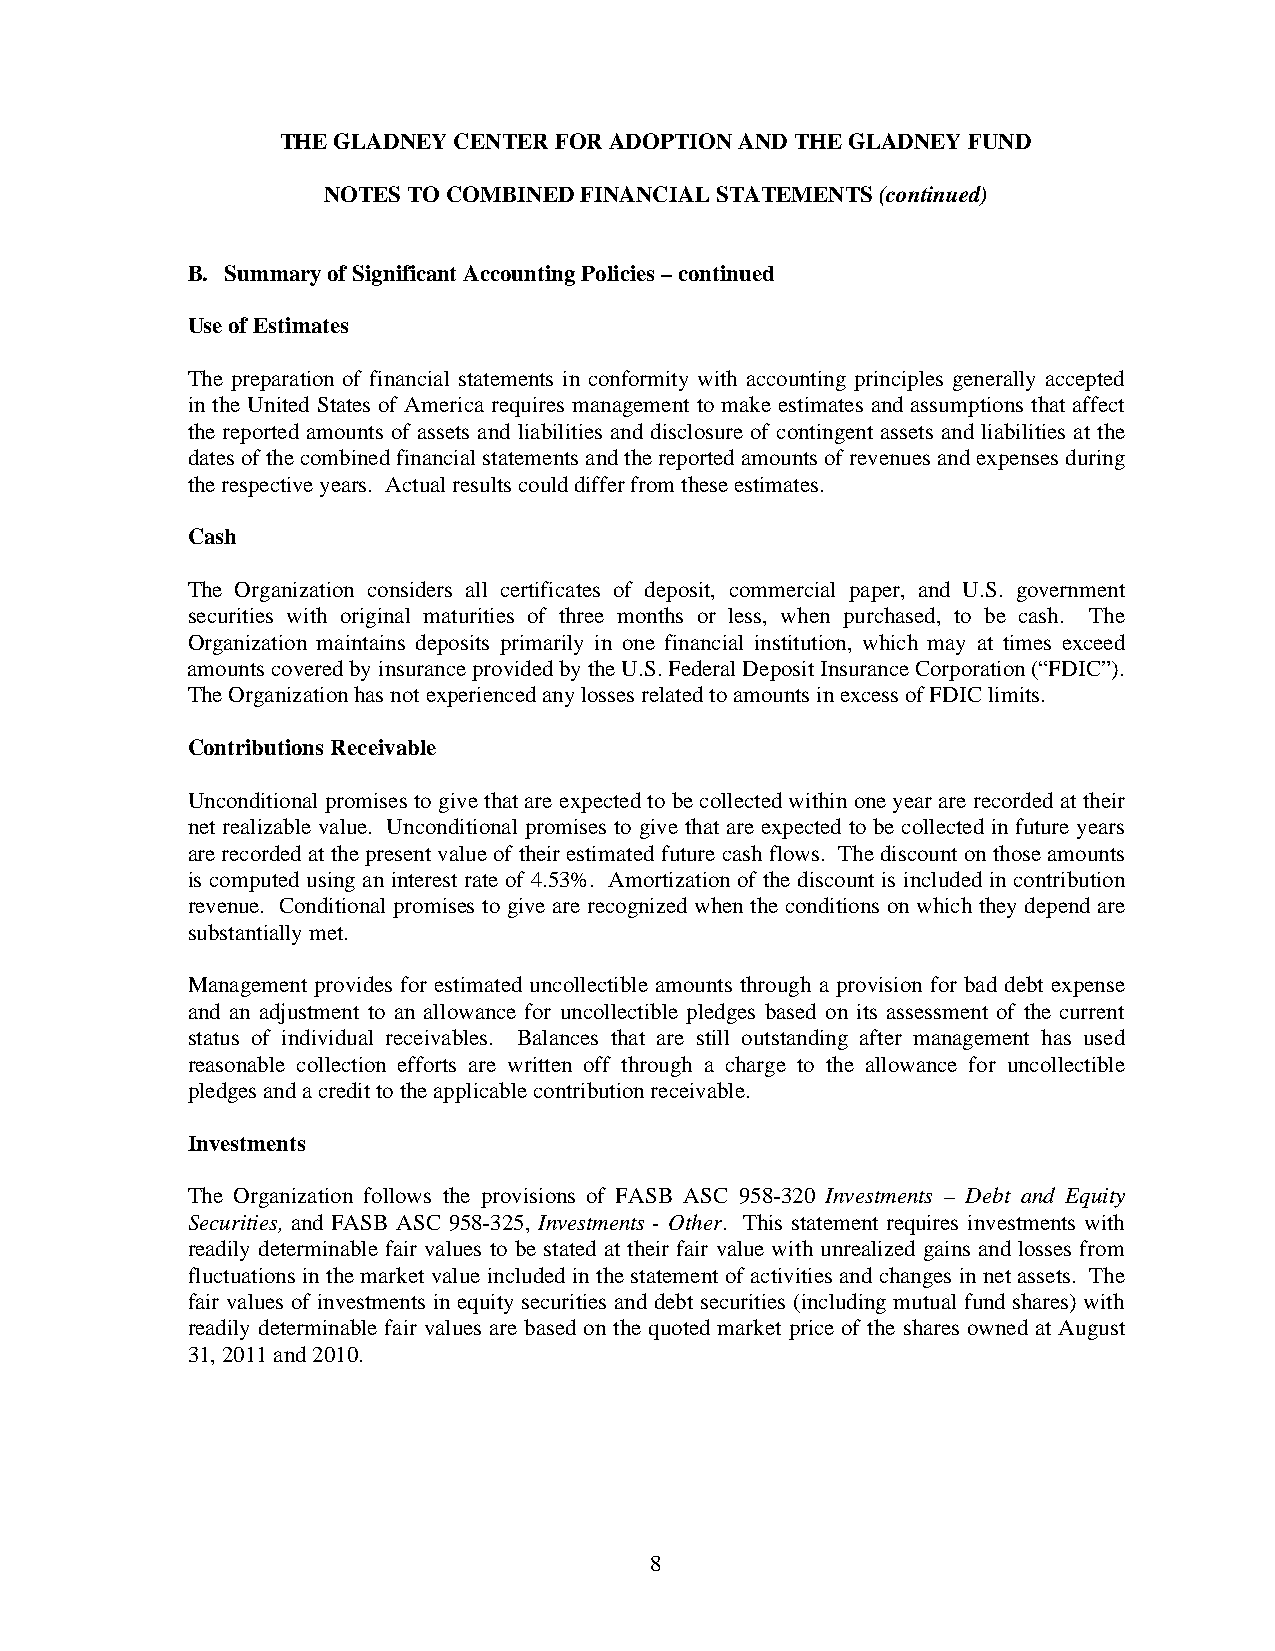
THE GLADNEY CENTER FOR ADOPTION AND THE GLADNEY FUND
 NOTES TO COMBINED FINANCIAL STATEMENTS (continued)
 B. Summary of Significant Accounting Policies – continued
 Use of Estimates
 The preparation of financial statements in conformity with accounting principles generally accepted
 in the United States of America requires management to make estimates and assumptions that affect
 the reported amounts of assets and liabilities and disclosure of contingent assets and liabilities at the
 dates of the combined financial statements and the reported amounts of revenues and expenses during
 the respective years. Actual results could differ from these estimates.
 Cash
 The Organization considers all certificates of deposit, commercial paper, and U.S. government
 securities with original maturities of three months or less, when purchased, to be cash. The
 Organization maintains deposits primarily in one financial institution, which may at times exceed
 amounts covered by insurance provided by the U.S. Federal Deposit Insurance Corporation (“FDIC”).
 The Organization has not experienced any losses related to amounts in excess of FDIC limits.
 Contributions Receivable
 Unconditional promises to give that are expected to be collected within one year are recorded at their
 net realizable value. Unconditional promises to give that are expected to be collected in future years
 are recorded at the present value of their estimated future cash flows. The discount on those amounts
 is computed using an interest rate of 4.53%. Amortization of the discount is included in contribution
 revenue. Conditional promises to give are recognized when the conditions on which they depend are
 substantially met.
 Management provides for estimated uncollectible amounts through a provision for bad debt expense
 and an adjustment to an allowance for uncollectible pledges based on its assessment of the current
 status of individual receivables. Balances that are still outstanding after management has used
 reasonable collection efforts are written off through a charge to the allowance for uncollectible
 pledges and a credit to the applicable contribution receivable.
 Investments
 The Organization follows the provisions of FASB ASC 958-320 Investments – Debt and Equity
 Securities, and FASB ASC 958-325, Investments - Other. This statement requires investments with
 readily determinable fair values to be stated at their fair value with unrealized gains and losses from
 fluctuations in the market value included in the statement of activities and changes in net assets. The
 fair values of investments in equity securities and debt securities (including mutual fund shares) with
 readily determinable fair values are based on the quoted market price of the shares owned at August
 31, 2011 and 2010.
 8